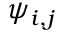
\psi _ { i , j }